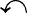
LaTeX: \curvearrowleft